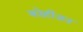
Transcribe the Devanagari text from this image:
कोहीज़न